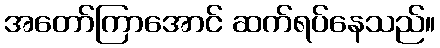
အတော်ကြာအောင် ဆက်ရပ်နေသည်။